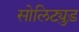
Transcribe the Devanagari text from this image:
सोलिट्युड़